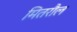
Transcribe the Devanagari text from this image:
मितरौल